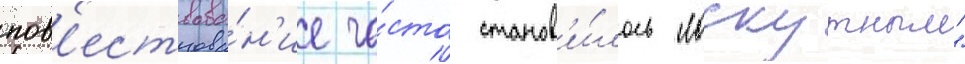
пов'ествова́н'ие ча́сто станов'и́лось "лоскутным"